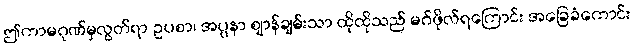
ဤကာမဂုဏ်မှလွတ်ရာ ဥပစာ၊ အပ္ပနာ ဈာန်ချမ်းသာ ထိုထိုသည် မဂ်ဖိုလ်ရကြောင်း အခြေခံကောင်း